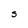
Character: S